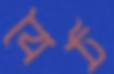
বৈঠ